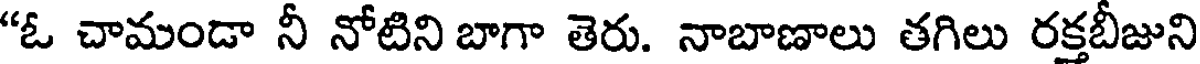
"ఓ చామండా నీ నోటిని బాగా తెరు. నాబాణాలు తగిలు రక్తబీజుని